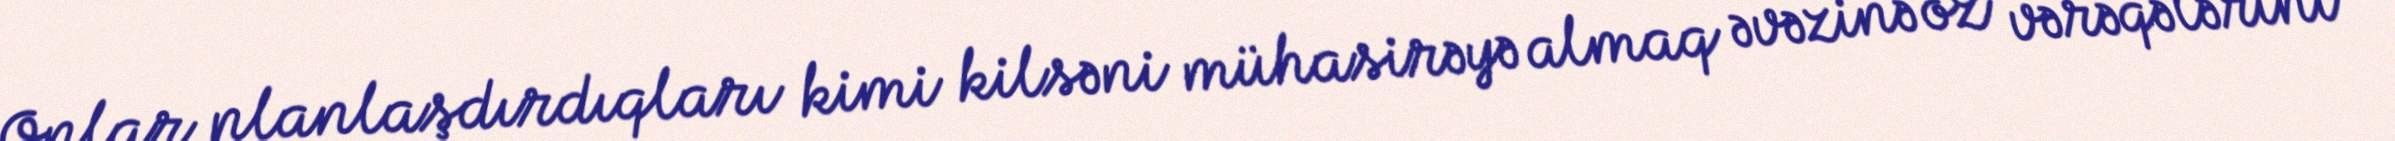
Onlar planlaşdırdıqları kimi kilsəni mühasirəyə almaq əvəzinə öz vərəqələrini